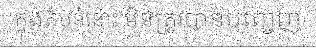
ក្នុងតំបន់នោះ មិនត្រូវបានបញ្ចេញ